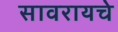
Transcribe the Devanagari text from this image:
सावरायचे